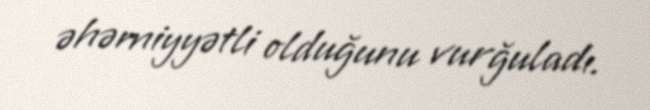
əhəmiyyətli olduğunu vurğuladı.